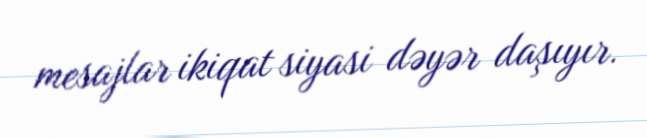
mesajlar ikiqat siyasi dəyər daşıyır.